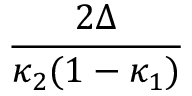
\frac { 2 \Delta } { \kappa _ { 2 } ( 1 - \kappa _ { 1 } ) }